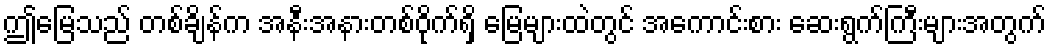
ဤမြေသည် တစ်ချိန်က အနီးအနားတစ်ဝိုက်ရှိ မြေများထဲတွင် အကောင်းစား ဆေးရွက်ကြီးများအတွက်